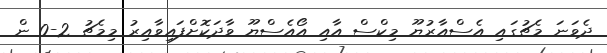
ދެވަނަ މެޗުގައި އެސްއާރުޔޫ މިކްސް އާއި އޯއެސްޔޫ ވާދަކޮށްފައިވާއިރު މިމެޗު 2-0 ން